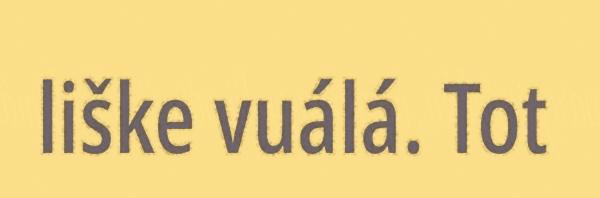
liške vuálá. Tot